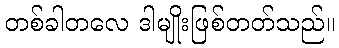
တစ်ခါတလေ ဒါမျိုးဖြစ်တတ်သည်။